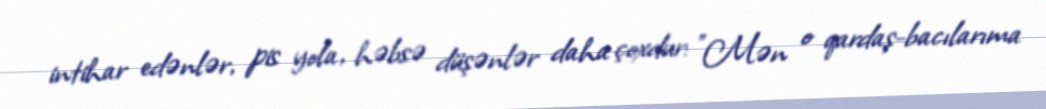
intihar edənlər, pis yola, həbsə düşənlər daha çoxdur: "Mən o qardaş-bacılarıma